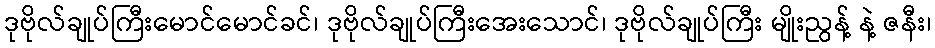
ဒုဗိုလ်ချုပ်ကြီးမောင်မောင်ခင်၊ ဒုဗိုလ်ချုပ်ကြီးအေးသောင်၊ ဒုဗိုလ်ချုပ်ကြီး မျိုးညွန့် နဲ့ ဇနီး၊